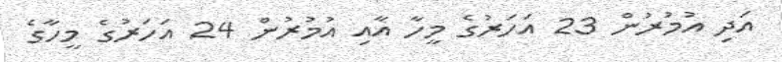
އަދި އުމުރުން 23 އަހަރުގެ މީހާ އާއި އުމުރުން 24 އަހަރުގެ މީހާގެ